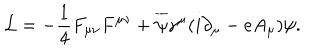
LaTeX: { \cal L } = - { \frac { 1 } { 4 } } F _ { \mu \nu } F ^ { \mu \nu } + { \overline { { { \psi } } } } \gamma ^ { \mu } ( i \partial _ { \mu } - e A _ { \mu } ) \psi .